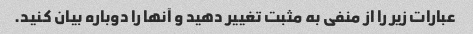
عبارات زیر را از منفی به مثبت تغییر دهید و آنها را دوباره بیان کنید.